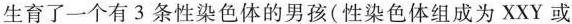
生育了一个有3条性染色体的男孩(性染色体组成为XXY或